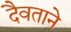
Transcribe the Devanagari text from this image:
दैवताने